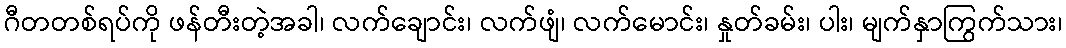
ဂီတတစ်ရပ်ကို ဖန်တီးတဲ့အခါ၊ လက်ချောင်း၊ လက်ဖျံ၊ လက်မောင်း၊ နှုတ်ခမ်း၊ ပါး၊ မျက်နှာကြွက်သား၊